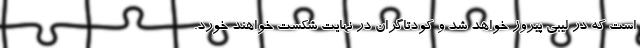
است که در لیبی پیروز خواهد شد و کودتاگران در نهایت شکست خواهند خورد.